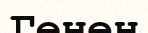
Гөнен